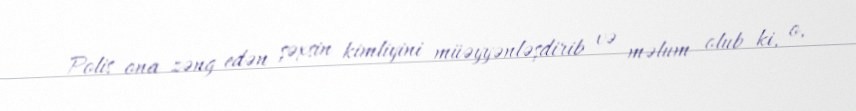
Polis ona zəng edən şəxsin kimliyini müəyyənləşdirib və məlum olub ki, o,